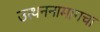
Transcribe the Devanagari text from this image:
उत्थननामागचा